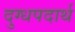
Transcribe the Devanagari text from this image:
दुग्धपदार्थ